Report on the nature of kala-azar
Disease focus: Kala-Azar
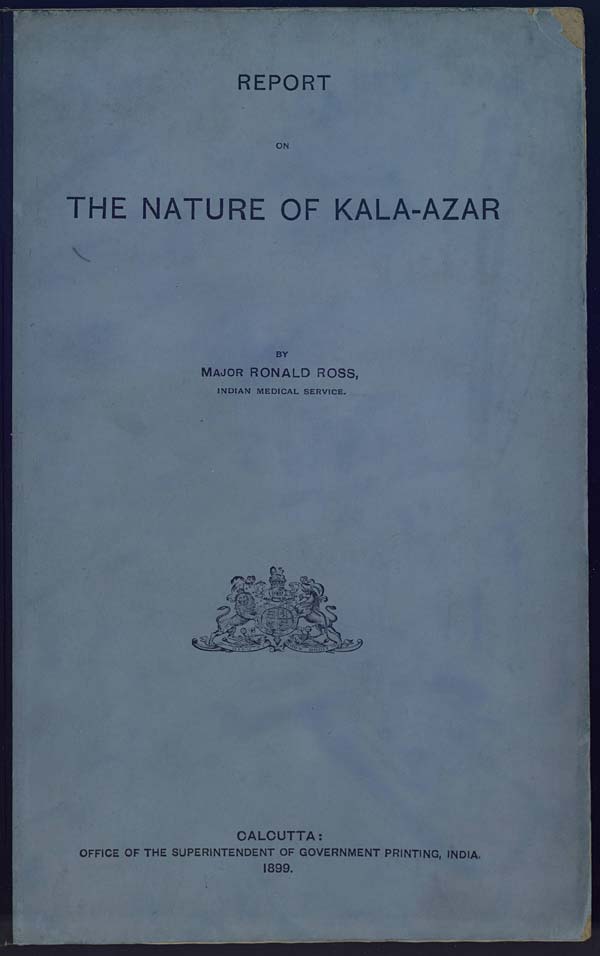
REPORT
ON
THE NATURE OF KALA-AZAR
BY
MAJOR RONALD ROSS,
INDIAN MEDICAL SERVICE.
CALCUTTA:
OFFICE OF THE SUPERINTENDENT OF GOVERNMENT PRINTING, INDIA.
1899.